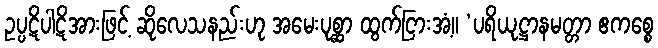
ဥပ္ပဋိပါဋိအားဖြင့် ဆိုလေသနည်းဟု အမေးပုစ္ဆာ ထွက်ငြားအံ့။ ‘ပရိယုဋ္ဌာနမတ္တာ ဧကစ္စေ